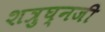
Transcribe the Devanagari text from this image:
शत्रुघ्नजी